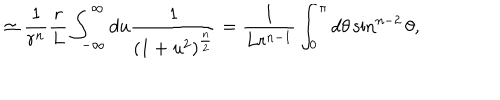
LaTeX: \simeq { \frac { 1 } { r ^ { n } } } { \frac { r } { L } } \int _ { - \infty } ^ { \infty } d u { \frac { 1 } { ( 1 + u ^ { 2 } ) ^ { \frac { n } { 2 } } } } = { \frac { 1 } { L r ^ { n - 1 } } } \int _ { 0 } ^ { \pi } d \theta \sin ^ { n - 2 } \theta ,